Sanitation, dispensaries and jails vaccination Rajputana 1922-1927 - 1922-1927
Year: 1922
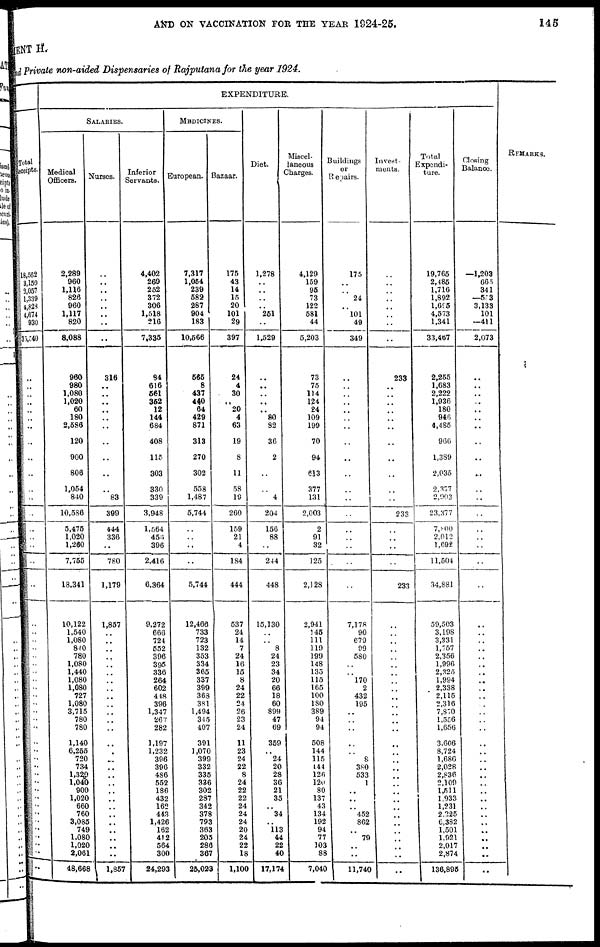
AND ON VACCINATION FOR THE YEAR 1924-25.
145
MENT H.
and Private non-aided Dispensaries of Rajputana for the year 1924.
Total
Receipts.
18,562
3,150
3,057
1,339
4,828
4,674
930
35,540
..
..
..
..
..
..
..
..
..
..
..
..
..
..
..
..
..
..
..
..
..
..
..
..
..
..
..
..
..
..
.. ..
..
..
..
..
..
..
..
..
..
..
.. ..
..
..
..
..
EXPENDITURE.
SALARIES.
Medical
Officers.
2,289
960
1,116
826
960
1,117
820
8,088
960
980
1,080
1,020
60
180
2,586
120
900
806
1,054
840
10,586
5,475
1,020
1,260
7,755
13,341
10,122
1,540
1,080
840
780
1,080
1,440
1,080
1,080
727
1,080
3,715
780
780
1,140
6,255
720
734
1,320
1,040
900
1,020
660
760
3,085
749
1,080
1,020
2,061
48,668
Nurses.
..
..
..
..
..
..
..
..
316
..
..
..
.. ..
..
..
..
..
..
83
399
444
336
..
780
1,179
1,857
.. ..
..
..
..
..
..
..
..
..
..
..
..
..
..
..
..
..
.. ..
..
..
..
..
..
..
..
..
1,857
Inferior
Servants.
4,402
269
252
372
306
1,518
216
7,335
84
616
561
352
12
144
684
408
115
303
330
339
3,948
1,564
455
396
2,416
6,364
9,272
666
724
552
396
395
336
264
602
448
396
1,347
267
282
1,197
1,232
396
396
486
552
186
432
162
443
1,426
162
412
564
300
24,293
MEDICINES.
European.
7,317
1,054
239
582
287
904
183
10,566
565
8
437
440
64
429
871
313
270
302
558
1,487
5,744
..
..
..
..
5,744
12,466
733
723
132
353
334
365
337
399
368
381
1,494
345
407
391
1,070
399
332
335
336
302
287
342
378
793
363
205
286
367
25,023
Bazaar.
175
43
14
15
20
101
29
397
24
4
30
..
20
4
63
19
8
11
58
19
260
159
21
4
184
444
537
24
14
7
24
16
15
8
24
22
24
26
23
24
11
23
24
22
8
24
22
22
24
24
24
20
24
22
18
1,100
Diet.
1,278
..
..
.. ..
251
..
1,529
..
..
..
..
..
80
32
36
2
..
..
4
204
156
88
..
244
448
15,130
..
..
8
24
23
34
20
66
18
60
899
47
69
359
..
24
20
28
36
21
35
..
34
..
113
44
22
40
17,174
Miscel-
laneous
Charges.
4,129
159
96
73
122
581
44
5,203
73
75
104
124
24
109
199
70
94
613
377
131
2,003
2
91
32
125
2,128
2,941
145
111
119
199
148
135
115
165
100
180
389
94
94
508
144
115
144
126
120
80
137
43
134
192
94
77
103
88
7,040
Buildings
or
Repairs.
175
..
..
24
..
101
49
349
..
..
..
..
..
..
..
..
..
..
..
..
..
..
..
..
..
..
7,178
90
679
99
580
..
..
170
2
432
195
..
..
..
..
..
8
380
533
1
..
.. ..
452
862
..
79
..
..
11,740
Invest-
ments.
..
..
..
..
..
..
..
..
233
..
..
..
..
..
..
..
..
..
..
..
233
..
..
..
..
233
..
..
..
..
..
..
..
..
..
..
..
..
..
..
..
..
..
.. ..
..
..
..
..
..
..
..
..
..
..
..
Total
Expendi-
ture.
19,765
2,485
1,716
1,892
1,695
4,573
1,341
33,467
2,255
1,683
2,222
1,936
180
946
4,485
966
1,389
2,035
2,377
2,903
23,377
7,900
2,012
1,692
11,504
34,881
59,503
3,198
3,331
1,757
2,356
1,996
2,325
1,994
2,338
2,115
2,316
7,870
1,556
1,656
3,606
8,724
1,686
2,028
2,836
2,109
1,511
1,933
1,231
2,225
6,382
1,501
1,021
2,017
2,874
136,895
Closing
Balance.
1,203
665
341
503
3,133
101
411
2,073
..
..
.. . .
..
..
..
..
..
..
..
..
..
..
..
..
..
..
..
..
..
..
..
..
..
..
..
..
..
..
..
..
..
..
..
..
..
..
..
..
..
..
..
..
..
..
..
..
REMARKS.